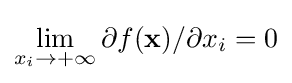
\lim _{x_{i}\to +\infty }\partial f(\mathbf {x} )/\partial x_{i}=0